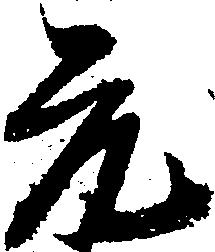
元